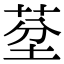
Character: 𦯀